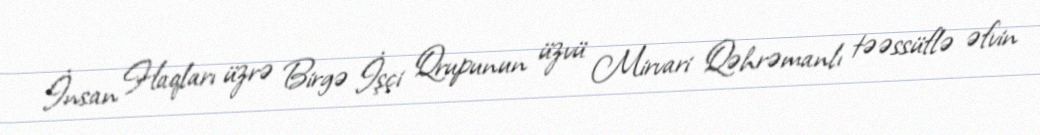
İnsan Haqları üzrə Birgə İşçi Qrupunun üzvü Mirvari Qəhrəmanlı təəssüflə əfvin